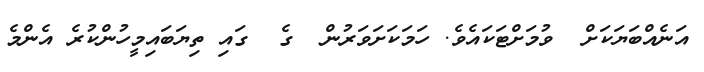
އަނެއްބަޔަކަށް  ވުމަށްޓަކައެވެ. ހަމަކަށަވަރުން  ގެ  ގައި ތިޔަބައިމީހުންކުރެ އެންމެ